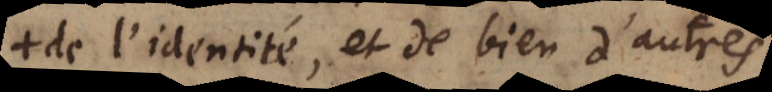
de l’identité, et de bien d’autres,